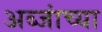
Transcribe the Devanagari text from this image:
अब्जांच्या